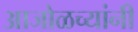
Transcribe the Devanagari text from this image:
आजोळच्यांनी